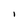
Character: I